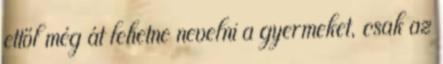
ettől még át lehetne nevelni a gyermeket, csak az